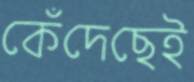
কেঁদেছেই